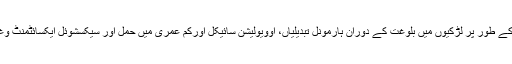
مثال کے طور پر لڑکیوں میں بلوغت کے دوران ہارمونل تبدیلیاں، اوویولیشن سائیکل اورکم عمری میں حمل اور سیکسشوئل ایکسائٹمنٹ وغیرہ۲۔